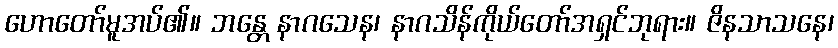
ဟောတော်မူအပ်၏။ ဘန္တေ နာဂသေန၊ နာဂသိန်ကိုယ်တော်အရှင်ဘုရား။ ဇိနသာသနေ၊